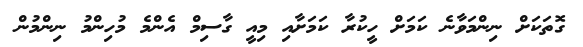
ގޮތަކަށް ނިންމަވާނެ ކަމަށް ހީކުރާ ކަމަށާއި މިއީ ގާސިމް އެންމެ މުހިންމު ނިންމުން